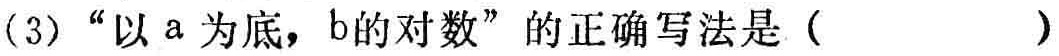
(3)“以 a 为底，b的对数”的正确写法是（  ）